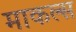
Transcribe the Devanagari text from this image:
माकल्स